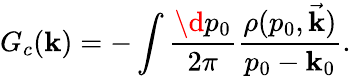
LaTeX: G_{c}(\mathbf{k})=-\int\frac{{\d{p}_{0}}}{{2\pi}}\frac{{\rho(p_{0},\vec{{\mathbf{k}}})}}{{p_{0}-\mathbf{k}_{0}}}.